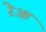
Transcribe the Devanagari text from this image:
रेआ